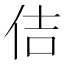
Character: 佶